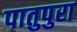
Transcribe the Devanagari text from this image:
पातुपुरा